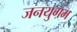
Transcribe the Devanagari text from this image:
जनयुगम